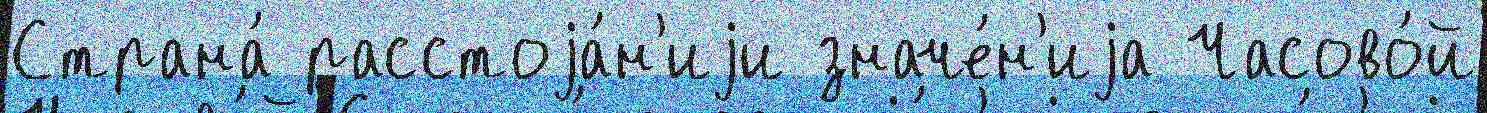
Страна́ расстоjа́н'иjи значе́н'иjа Часово́й